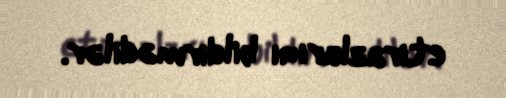
etirazlarını bildirmədilər.